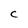
Character: C